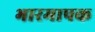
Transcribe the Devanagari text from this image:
भारमापक